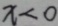
x < 0